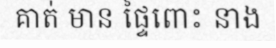
គាត់ មាន ផ្ទៃពោះ នាង